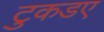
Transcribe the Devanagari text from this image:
टुकडए